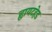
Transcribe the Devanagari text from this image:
ह्वायटहेड